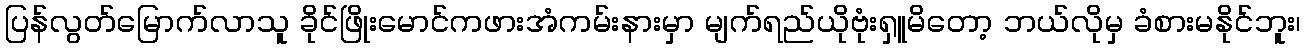
ပြန်လွတ်မြောက်လာသူ ခိုင်ဖြိုးမောင်ကဖားအံကမ်းနားမှာ မျက်ရည်ယိုဗုံးရှူမိတော့ ဘယ်လိုမှ ခံစားမနိုင်ဘူး၊